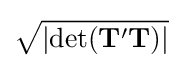
{\sqrt {\left|\operatorname {det} (\mathbf {T} '\mathbf {T} )\right|}}